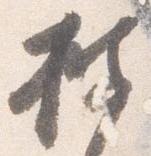
披